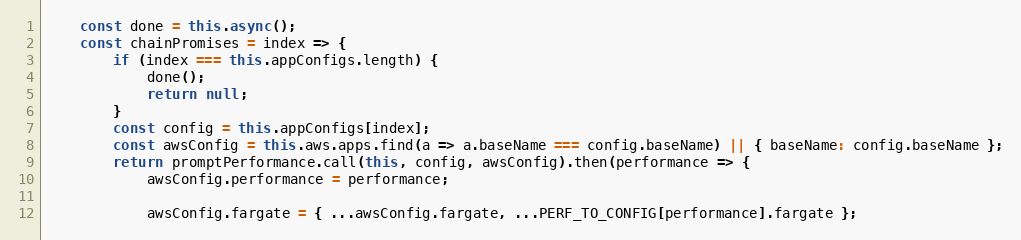
Language: JavaScript
    const done = this.async();
    const chainPromises = index => {
        if (index === this.appConfigs.length) {
            done();
            return null;
        }
        const config = this.appConfigs[index];
        const awsConfig = this.aws.apps.find(a => a.baseName === config.baseName) || { baseName: config.baseName };
        return promptPerformance.call(this, config, awsConfig).then(performance => {
            awsConfig.performance = performance;

            awsConfig.fargate = { ...awsConfig.fargate, ...PERF_TO_CONFIG[performance].fargate };